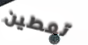
تعطين